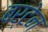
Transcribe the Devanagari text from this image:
बर्टेन